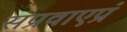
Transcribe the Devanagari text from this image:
सप्रवाएप्रं